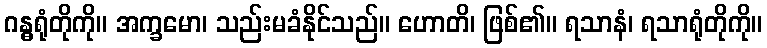
ဂန္ဓရုံတိုကို။ အက္ခမော၊ သည်းမခံနိုင်သည်။ ဟောတိ၊ ဖြစ်၏။ ရသာနံ၊ ရသာရုံတိုကို။